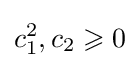
c_{1}^{2},c_{2}\geqslant 0